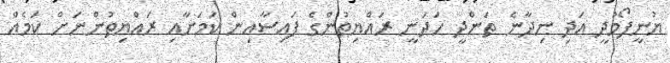
ޔުނީފޯމުދީ އަދި ނިދާނެ ތަންދީ ހަދަނީ ރައްޔިތުންގެ ފައިސާއިން ކަމަށާއި ރައްޔިތުންނަށް ކަމެއް